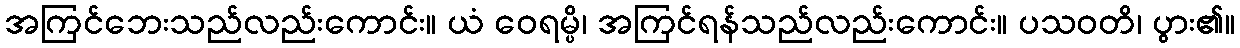
အကြင်ဘေးသည်လည်းကောင်း။ ယံ ဝေရမ္ပိ၊ အကြင်ရန်သည်လည်းကောင်း။ ပသဝတိ၊ ပွား၏။